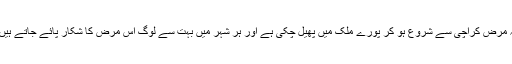
یہ مرض کراچی سے شروع ہو کر پورے ملک میں پھیل چکی ہے اور ہر شہر میں بہت سے لوگ اس مرض کا شکار پائے جاتے ہیں ۔